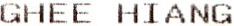
GHEE HIANG